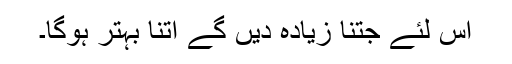
اس لئے جتنا زیادہ دیں گے اتنا بہتر ہوگا۔